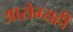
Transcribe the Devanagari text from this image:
आरोग्यही